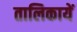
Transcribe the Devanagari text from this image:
तालिकायें